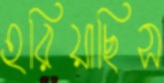
হরিয়াছিস